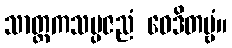
သာတ္ထကသမ္ပဇညံ ဝေဒိတဗ္ဗံ။